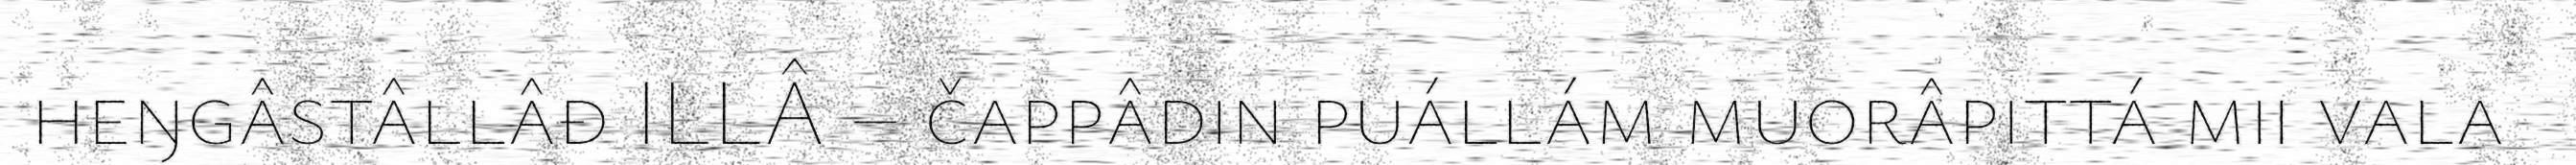
heŋgâstâllâđ ILLÂ – čappâdin puállám muorâpittá mii vala